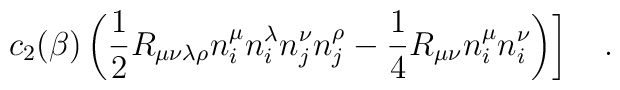
\left.c_2(\beta)\left(\frac 12R_{\mu\nu\lambda\rho}n^{\mu}_in^{\lambda}_in^{\nu}_jn^{\rho}_j-\frac 14 R_{\mu\nu}n^{\mu}_i n^{\nu}_i \right)\right]~~~.